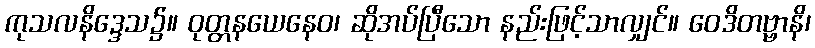
ကုသလနိဒ္ဒေသ၌။ ဝုတ္တနယေနေဝ၊ ဆိုအပ်ပြီသော နည်းဖြင့်သာလျှင်။ ဝေဒိတဗ္ဗာနိ၊